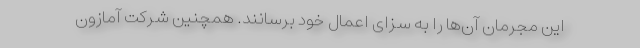
این مجرمان آن‌ها را به سزای اعمال خود برسانند. همچنین شرکت آمازون